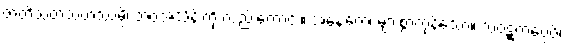
ဇာတိသတသဟဿမ္ပိ၊ ဘဝအသိန်းကို လည်းကောင်း။ အနေကေ၊ များစွာကုန်သော။ သံဝဋ္ဋကပ္ပေပိ၊